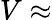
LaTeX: V\approx